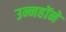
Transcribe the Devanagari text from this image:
उन्नहोंने